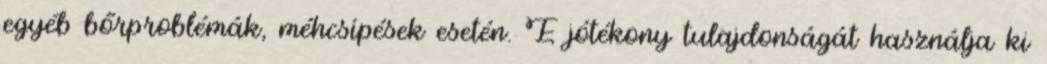
egyéb bőrproblémák, méhcsípések esetén. E jótékony tulajdonságát használja ki